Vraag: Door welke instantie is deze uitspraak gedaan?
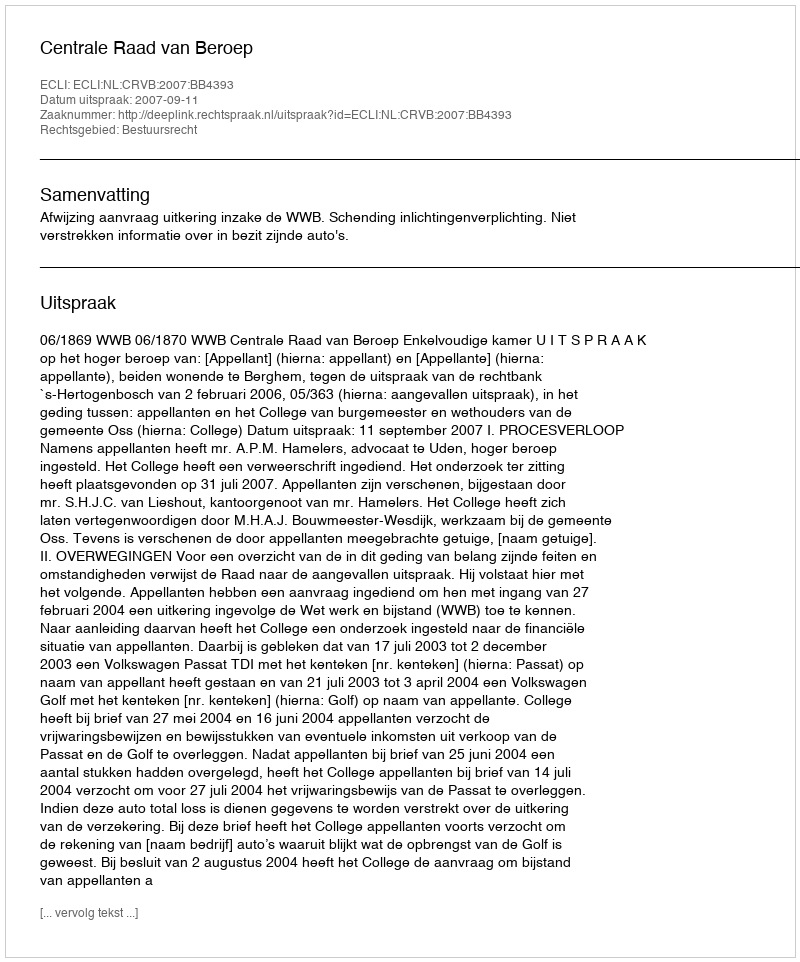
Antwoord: Centrale Raad van Beroep